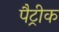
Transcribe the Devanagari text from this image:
पैट्रीक